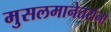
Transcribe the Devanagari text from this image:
मुसलमानेतरांना